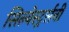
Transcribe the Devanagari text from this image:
सिल्वेस्टर्र्सनी